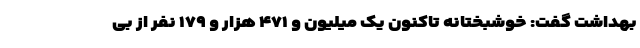
بهداشت گفت: خوشبختانه تاکنون یک میلیون و ۴۷۱ هزار و ۱۷۹ نفر از بی